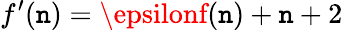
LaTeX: f^{\prime}(\mathtt{n})=\epsilonf(\mathtt{n})+\mathtt{n}+2